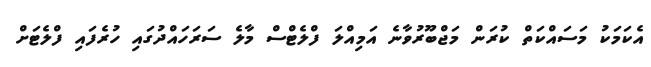
އެކަމަކު މަސައްކަތް ކުރަން މަޖްބޫރުވާނެ އަމިއްލަ ފްލެޓްސް މާލެ ސަރަހައްދުގައި ހުރެފައި ފްލެޓަށް